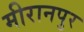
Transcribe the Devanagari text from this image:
मीरानपुर